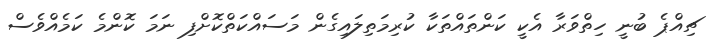
ޗިއްޕެ ބުނީ ހިތްވަރާ އެކީ ކަންތައްތަކާ ކުރިމަތިލައިގެން މަސައްކަތްކޮށްފި ނަމަ ކޮންމެ ކަމެއްވެސް